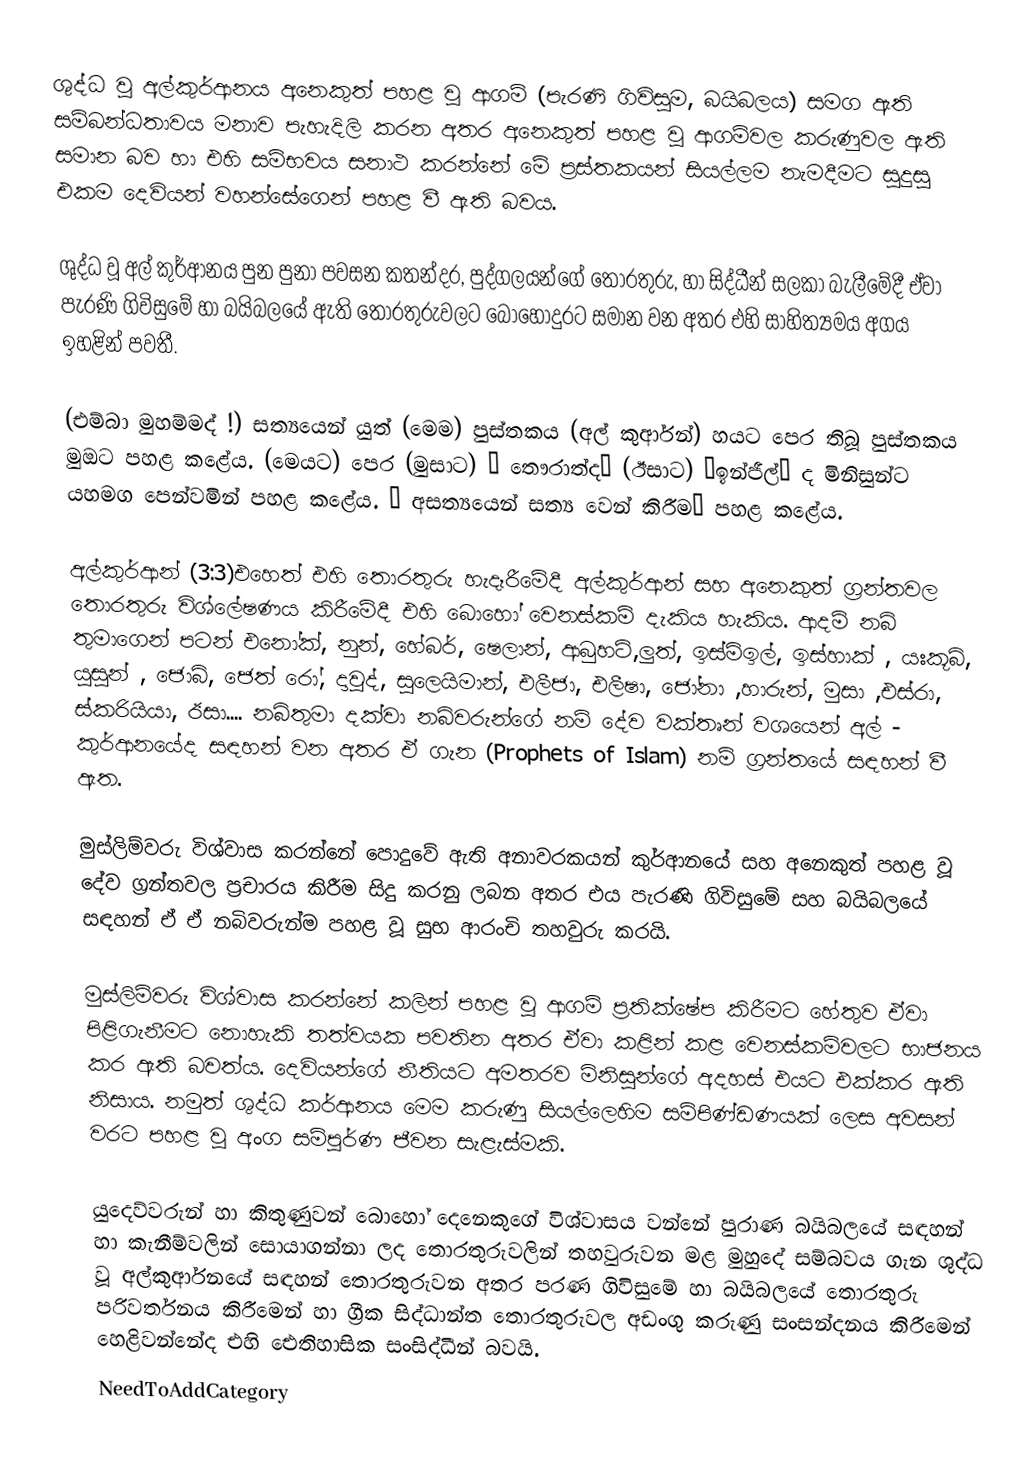
ශුද්ධ වූ අල්කුර්ආනය අනෙකුත් පහළ වූ ආගම් (පැරණි ගිවිසුම, බයිබලය) සමග ඇති සම්බන්ධතාවය මනාව පැහැදිලි කරන අතර අනෙකුත් පහළ වූ ආගම්වල කරුණුවල ඇති සමාන බව හා එහි සම්භවය සනාථ කරන්නේ මේ ප්‍රස්තකයන් සියල්ලම නැමදීමට සුදුසු එකම දෙවියන් වහන්සේගෙන් පහළ වී ඇති බවය.

ශුද්ධ වූ අල් කුර්ආනය පුන පුනා පවසන කතන්දර, පුද්ගලයන්ගේ තොරතුරු, හා සිද්ධීන් සලකා බැලීමේදී ඒවා පැරණි ගිවිසුමේ හා බයිබලයේ ඇති තොරතුරුවලට බො‍හෝදුරට සමාන වන අතර එහි සාහිත්‍යමය අගය ඉහළින් පවතී.

(එම්බා මුහම්මද් !) සත්‍යයෙන් යුත් (මෙම) පුස්තකය (අල් කුර්ආන්) හයට පෙර තිබූ පුස්තකය මුඔට පහළ කළේය. (මෙයට) පෙර (මුසාට) “ තෞරාත්ද” (ඊසාට) “ඉන්ජීල්” ද මිනිසුන්ට යහමග පෙන්වමින් පහළ කළේය. “ අසත්‍යයෙන් සත්‍ය වෙන් කිරීම” පහළ කළේය.

අල්කුර්ආන් (3:3)එහෙත් එහි තොරතුරු හැදෑරීමේදී අල්කුර්ආන් සහ අනෙකුත් ග්‍රන්තවල තොරතුරු විශ්ලේෂණය කිරීමේදී එහි බොහෝ වෙනස්කම් දැකිය හැකිය. ආදම් නබි තුමාගෙන් පටන් එනෝක්, නුන්, හේබර්, ෂෙලාන්, ආබුහට්,ලුත්, ඉස්මිඉල්, ඉස්හාක් , යඃකූබ්, යුසුන් , ජොබ්, ජෙත් රෝ, දාවුද්, සුලෙයිමාන්, එලීජා, එලීෂා, ජෝනා ,හාරුන්, මුසා ,එස්රා, ස්කරියියා, ඊසා.... නබිතුමා දක්වා නබිවරුන්ගේ නම් දේව වක්තෘන් වශයෙන් අල් - කුර්ආනයේද සඳහන් වන අතර ඒ ගැන (Prophets of Islam) නම් ග්‍රන්තයේ සඳහන් වී ඇත.

මුස්ලිම්වරු විශ්වාස කරන්නේ පොදුවේ ඇති අනාවරකයන් කුර්ආනයේ සහ අනෙකුත් පහළ වූ දේව ග්‍රන්තවල ප්‍රචාරය කිරීම සිදු කරනු ලබන අතර එය පැරණි ගිවිසුමේ සහ බයිබලයේ සඳහන් ඒ ඒ නබිවරුන්ම පහළ වූ සුභ ආරංචි තහවුරු කරයි.

මුස්ලිම්වරු විශ්වාස කරන්නේ කලින් පහළ වූ ආගම් ප්‍රතික්ෂේප කිරීමට ‍හේතුව ඒවා පිළිගැනීමට නොහැකි තත්වයක පවතින අතර ඒවා කළින් කළ වෙනස්කම්වලට භාජනය කර ඇති බවත්ය. දෙවියන්ගේ නීතියට අමතරව මිනිසුන්ගේ අදහස් එයට එක්කර ඇති නිසාය. නමුත් ශුද්ධ කර්ආනය මෙම කරුණු සියල්ලෙහිම සම්පිණ්ඩණයක් ලෙස අවසන් වරට පහළ වූ අංග සම්පූර්ණ ජීවන සැළැස්මකි.

යුදෙව්වරුන් හා කිතුණුවන් බොහෝ දෙනෙකුගේ විශ්වාසය වන්නේ පුරාණ බයිබලයේ සඳහන් හා කැනීම්වලින් සොයාගන්නා ලද තොරතුරුවලින් තහවුරුවන මළ මුහුදේ සම්බවය ගැන ශුද්ධ වූ අල්කුර්ආනයේ සඳහන් තොරතුරුවන අතර පරණ ගිවිසුමේ හා බයිබලයේ තොරතුරු පරිවර්තනය කිරීමෙන් හා ග්‍රීක සිද්ධාන්ත තොරතුරුවල අඩංගු කරුණු සංසන්දනය කිරීමෙන් හෙළිවන්නේද එහි ඓතිහාසික සංසිද්ධීන් බවයි.
NeedToAddCategory